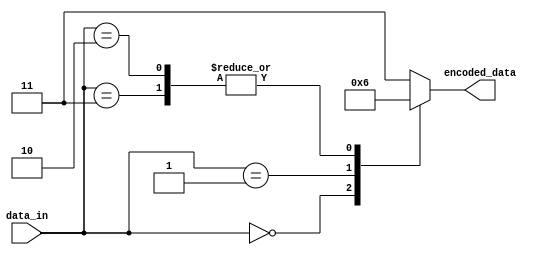
module encoder (
  input [3:0] data_in,
  output reg [1:0] encoded_data
);

always @(*) begin
  case (data_in)
    4'b0000: encoded_data = 2'b00;
    4'b0001: encoded_data = 2'b01;
    4'b0010, 4'b0011: encoded_data = 2'b10;
    default: encoded_data = 2'b11;
  endcase
end

endmodule